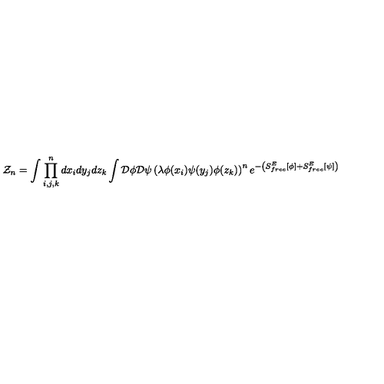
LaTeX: { \cal Z } _ { n } = \int \prod _ { i , j , k } ^ { n } d x _ { i } d y _ { j } d z _ { k } \int { \cal D } \phi { \cal D } \psi \left( \lambda \phi ( x _ { i } ) \psi ( y _ { j } ) \phi ( z _ { k } ) \right) ^ { n } e ^ { - \left( S _ { f r e e } ^ { E } \left[ \phi \right] + S _ { f r e e } ^ { E } \left[ \psi \right] \right) }